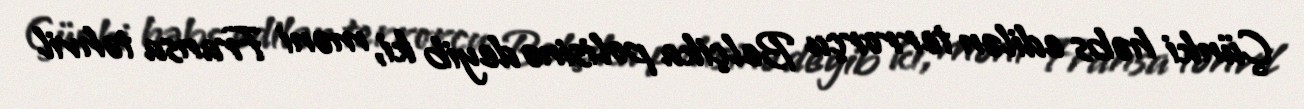
Çünki həbs edilən terrorçu Belçika polisinə deyib ki, məni Fransa təhvil